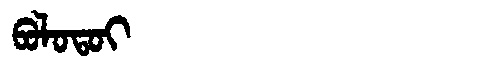
Manchu: ᠪᠣᠯᠣᡨᠣᡳ
Romanization: BOLOTOI